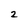
Character: 2